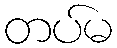
တပ်မ